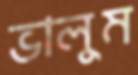
ভালুম